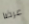
عرضا